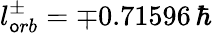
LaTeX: l_{\mathsf{o}rb}^{\pm}=\mp0.71596\, \hbar